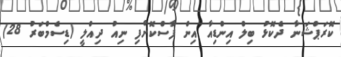
ކޮރަޕްޝަނާ ދެކޮޅު ބިލް އިންޑިއާ އިން ފާސްކޮށްފި ނިއު ދިއްލީ (ޑިސެމްބަރު 28)